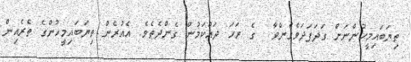
ތިޔަބައިމީހުންނަށް ގަދަފަދަވެގެންވާ  ގެ ރަހަ ދައްކަމުން ގެންދެތެވެ. އެއުރެން ތިޔަބައިމީހުންގެ ތެރެއިން